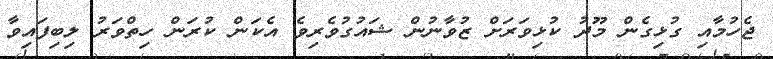
ޖެހުމާއި ގުޅިގެން މޫދު ކުޅިވަރަށް ޒުވާނުން ޝައުގުވެރިވެ އެކަން ކުރަން ހިތްވަރު ލިބިފައިވާ